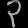
Digit: ၃